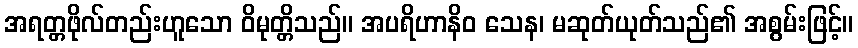
အရတ္တဖိုလ်တည်းဟူသော ဝိမုတ္တိသည်။ အပရိဟာနိဝ သေန၊ မဆုတ်ယုတ်သည်၏ အစွမ်းဖြင့်။